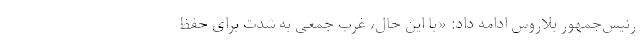
رئیس‌جمهور بلاروس ادامه داد: «با این حال، غرب جمعی به شدت برای حفظ